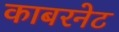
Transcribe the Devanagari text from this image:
काबरनेट